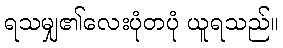
ရသမျှ၏လေးပုံတပုံ ယူရသည်။